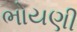
ભોયણી